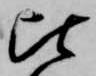
比